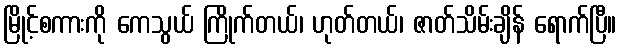
မြိုင့်စကားကို ကေသွယ် ကြိုက်တယ်၊ ဟုတ်တယ်၊ ဇာတ်သိမ်းချိန် ရောက်ပြီ။